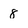
Character: 8